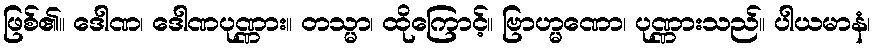
ဖြစ်၏။ ဒေါဏ၊ ဒေါဏပုဏ္ဏား။ တသ္မာ၊ ထိုကြောင့်။ ဗြာဟ္မဏော၊ ပုဏ္ဏားသည်။ ပါယမာနံ၊